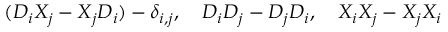
( D _ { i } X _ { j } - X _ { j } D _ { i } ) - \delta _ { i , j } , \ \ \ D _ { i } D _ { j } - D _ { j } D _ { i } , \ \ \ X _ { i } X _ { j } - X _ { j } X _ { i }